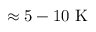
\approx 5 - 1 0 \ \mathrm { K }